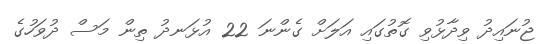
ޖުނައިދު ވިދާޅުވި ގޮތުގައި އަލަށް ގެންނަ 22 އުޅަނދު ތިން މަސް ދުވަހުގެ